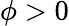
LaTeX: \phi>0